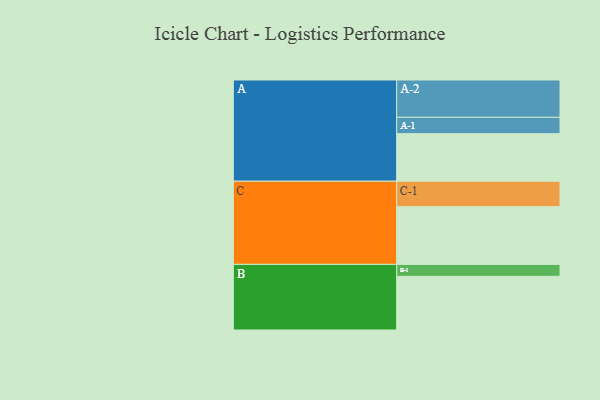
{"axis": {"x": "Segment", "y": "Value"}, "legend": ["", "A", "B", "C"], "data": [{"x": "A", "y": 366, "type": ""}, {"x": "B", "y": 413, "type": ""}, {"x": "C", "y": 444, "type": ""}, {"x": "A-1", "y": 126, "type": "A"}, {"x": "A-2", "y": 287, "type": "A"}, {"x": "B-1", "y": 92, "type": "B"}, {"x": "C-1", "y": 196, "type": "C"}]}